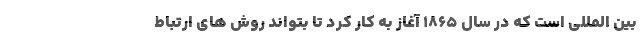
بین المللی است که در سال ۱۸۶۵ آغاز به کار کرد تا بتواند روش های ارتباط